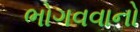
ભોગવવાનો